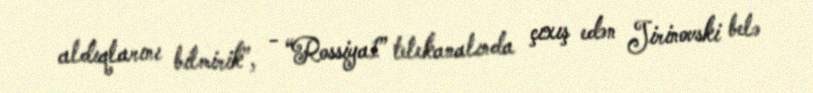
aldıqlarını bilmirik”, - “Rossiya1” telekanalında çıxış edən Jirinovski belə